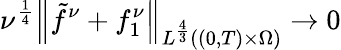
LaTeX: \nu^{\frac 14}\left\lVert\tilde{f}^{\nu}+f_{1}^{\nu}\right\rVert_{L^{\frac 43}((0,T)\times\Omega)}\to 0